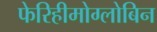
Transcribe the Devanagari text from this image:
फेरिहीमोग्लोबिन